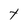
Character: t